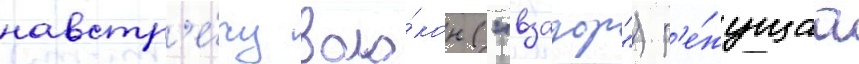
навстр'е́чу воло́кон ("взадор") р'е́жущаа